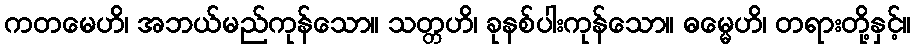
ကတမေဟိ၊ အဘယ်မည်ကုန်သော။ သတ္တဟိ၊ ခုနစ်ပါးကုန်သော။ ဓမ္မေဟိ၊ တရားတို့နှင့်။